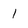
Character: 1